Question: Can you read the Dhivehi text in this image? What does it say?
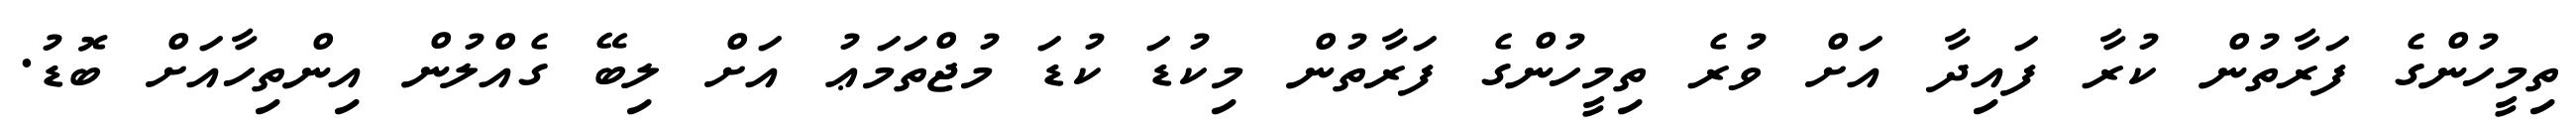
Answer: ތިމީހުންގެ ފަރާތުން ކުރާ ފައިދާ އަށް ވުރެ ތިމީހުންގެ ފަރާތުން މިކުޑަ ކުޑަ މުޖްތަމަޢު އަށް ލިބޭ ގެއްލުން އިންތިހާއަށް ބޮޑު.